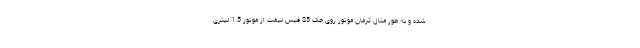
شده و به طور مثال کرمان موتور روی جک S5 فیس لیفت از موتور 1.5 لیتری